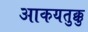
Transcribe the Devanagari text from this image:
आकयतुक्कु